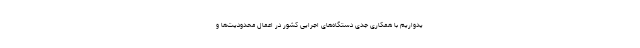
یدواریم با همکاری جدی دستگاه‌های اجرایی کشور در اعمال محدودیت‌ها و